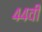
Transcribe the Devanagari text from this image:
४४वीं